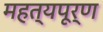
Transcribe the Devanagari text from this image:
महत्यपूर्ण